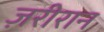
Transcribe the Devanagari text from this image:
ज़रीरान